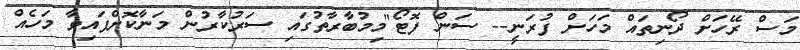
މަސް ރޭހަށް ދޯނިތައް މަހަށް ފުރަނީ-- ސަން ފޮޓޯ"މިމުބާރާތުގައި ސަރުކާރުން މަނާކޮށްފައިވާ މަހެއް